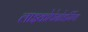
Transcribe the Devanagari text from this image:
लाइकोपेनोडर्मिया